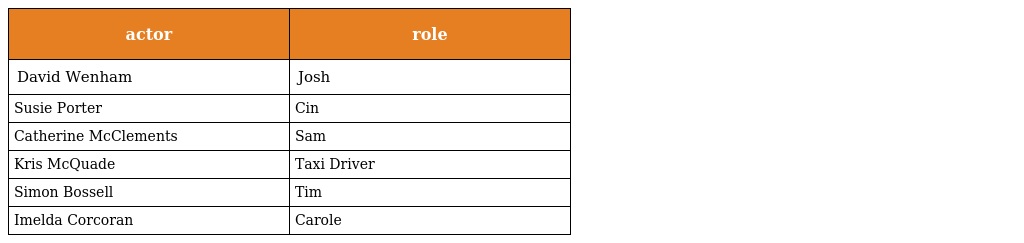
| actor | role |
 | --- | --- |
 | David Wenham | Josh |
 | Susie Porter | Cin |
 | Catherine McClements | Sam |
 | Kris McQuade | Taxi Driver |
 | Simon Bossell | Tim |
 | Imelda Corcoran | Carole |